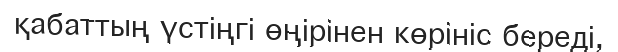
қабаттың үстіңгі өңірінен көрініс береді,